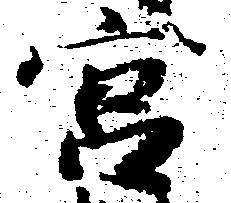
宮